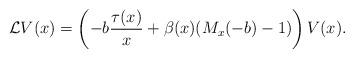
LaTeX: \begin{align*}\mathcal LV(x)=\left(-b\frac{\tau(x)}x+\beta(x)(M_x(-b)-1)\right)V(x).\end{align*}